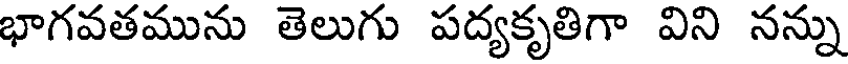
భాగవతమును తెలుగు పద్యకృతిగా విని నన్ను